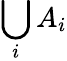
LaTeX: \bigcup_{i}A_{i}